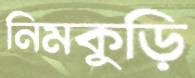
নিমকুড়ি